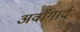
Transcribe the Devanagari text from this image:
अवाँगार्द